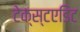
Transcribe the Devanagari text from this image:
टेक्स्टएडिट